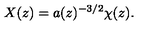
X ( z ) = a ( z ) ^ { - 3 / 2 } \chi ( z ) .